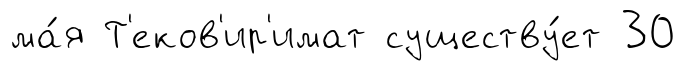
ма́я Т'еков'ир'имат существу́ет 30